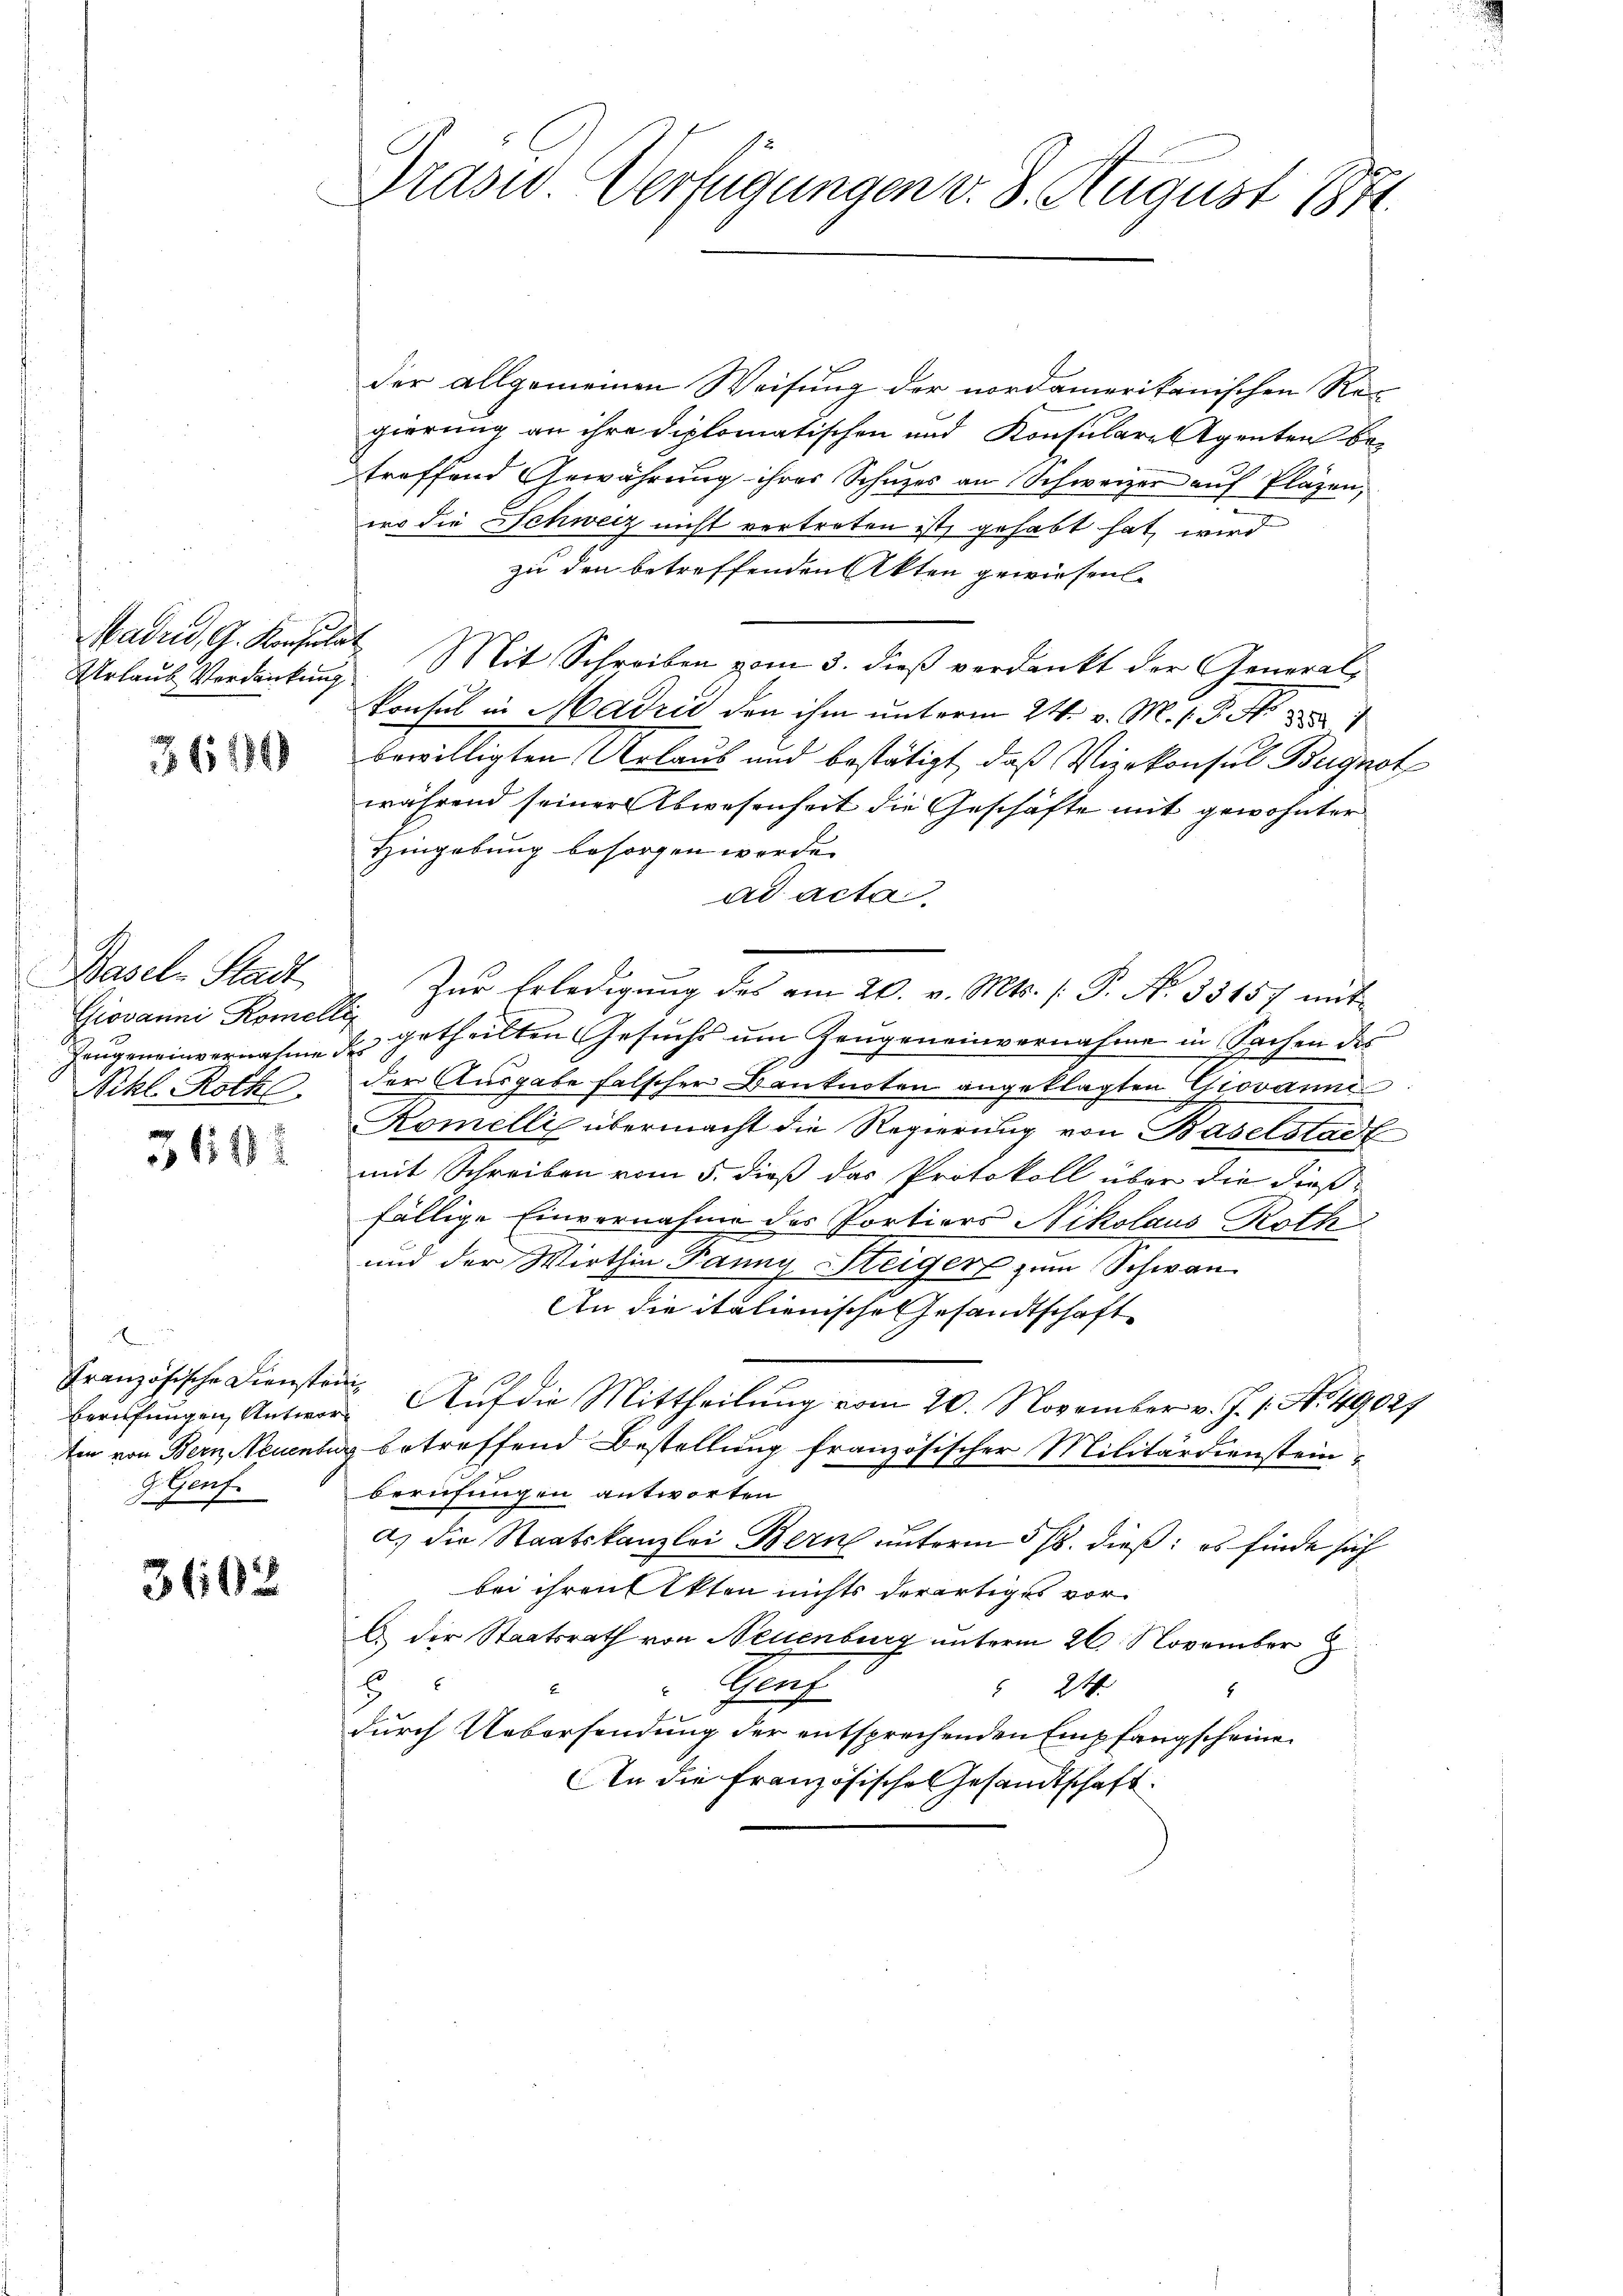
Urlaub Verdankung.

3616

Basel-Stadt
Giovanni Komell
Zeugeneinvernahme
Nikl. Roth

31112

d
Französische Diensten
Berufungen Antworten von Bern Neuenbur
gGenf.

3602

Trasw. Verfügungen v. 8. August 1871.

der allgemeinen Weisung der nordamerikanischen Re-
gierung an ihre diplomatischen und Konsulare egenten betreffend Gewährung ihres Schuzes an Schweizer auf Pläzen,
wo die Schweiz nicht vertreten ist, gehabt hat wird
zu den betreffenden Akten gewiesen.
Madrid, G. Konsulat Mit Schreiben vom 3. dieβ verdankt der Generalkonsul in Madzić den ihm unterm 24. v. M. /. M.
bewilligten Urlaub und bestätigt, daß Vizekonsul Bugnot
während seiner Abwesenheit die Geschäfte mit gewohnter
Hingebung besorgen werde.
ad acta.
Zur Erledigung des am 20. v. Mts. (: P. Nr. 33457 mit
2 getheilten Gesuchs um Zeugeneinvernahme in Sachen des
der Ausgabe falscher Banknoten angeklagten Giovanne
Romelli übermacht die Regierung von Baselstadt
mit Schreiben vom 5. dieß das Protokoll über die dießfällige Einvernahme des Portiers Nikolaus Roth
und der Wirthin Panny-Steiger zum Schwan-
An die italienische Gesandtschaft
 Auf die Mittheilung vom 20. November v. J. 1. No. 49027
betreffend Bestellung französischer Militärdiensteinberufungen antworten
a) die Staatskanzlei Bern unterm 5/6. dieß: es finde sich
bei ihren Akten nichts derartiges vorb. Der Staatsrath von Neuenburg unterm 26. November
E
Gruf
 24
E
5
durch Uebersendung der entsprechenden Empfangscheine
An die Französisches Gesandtschaft